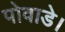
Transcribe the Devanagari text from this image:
पोवाडे।